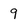
Character: 9